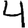
Digit: 4